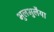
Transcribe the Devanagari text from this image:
भुलभुलैया